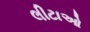
લીટાઓ